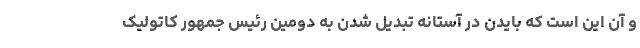
و آن این است که بایدن در آستانه تبدیل شدن به دومین رئیس جمهور کاتولیک